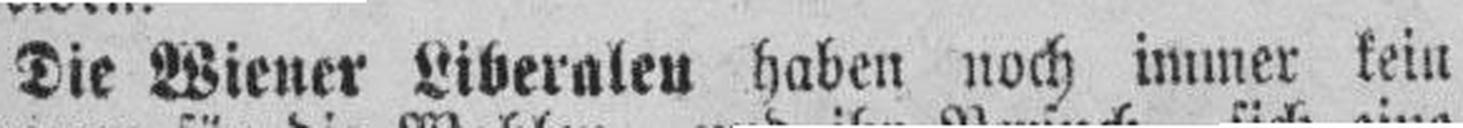
Die Wiener Liberalen haben noch immer kein